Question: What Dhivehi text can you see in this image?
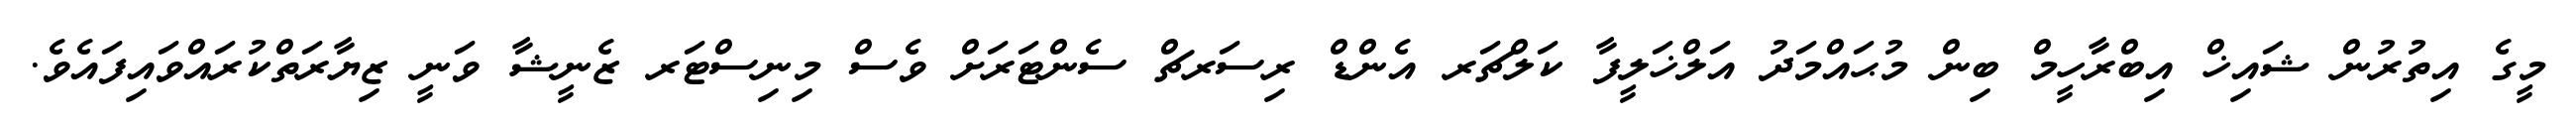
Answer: މީގެ އިތުރުން ޝައިޚް އިބްރާހީމް ބިން މުޙައްމަދު އަލްޚަލީފާ ކަލްޗަރ އެންޑް ރިސަރޗް ސެންޓަރަށް ވެސް މިނިސްޓަރ ޒެނީޝާ ވަނީ ޒިޔާރަތްކުރައްވައިފައެވެ.